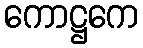
ကောဋ္ဌကေ